Civil Veterinary Dept. Assam report 1927-50 - 1927-1950
Year: 1927
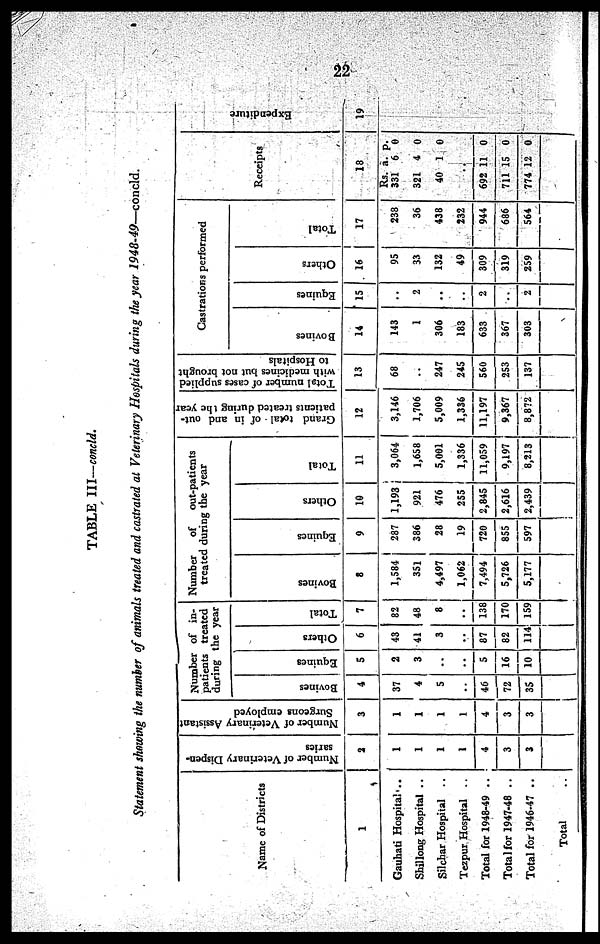
22
TABLE III—concld.
Statement showing the number of animals treated and castrated at Veterinary Hospitals during the year 1948-49—concld.
Name of Districts
1
Gauhati Hospital..
Shillong Hospital ..
Silchar Hospital ..
Tezpur Hospital ..
Total for 1948-49 ..
Total for 1947-48 ..
Total for 1946-47 ..
Total
Number of Veterinary Dispen-
saries
2
1
1
1
1
4
3
3
Number of Veterinary Assistant
Surgeons employed
3
1
1
1
1
4
3
3
Number of in-
patients treated
during the year
Bovines
4
37
4
5
..
46
72
35
Equines
5
2
3
..
..
5
16
10
Others
6
43
41
3
..
87
82
114
Total
7
82
48
8
..
138
170
159
Number
of
out-patients
treated during the year
Bovines
8
1,584
351
4,497
1,062
7,494
5,726
5,177
Equines
9
287
386
28
19
720
855
597
Others
10
1,193
921
476
255
2,845
2,616
2,439
Total
11
3,064
1,658
5,001
1,336
11,059
9,197
8,213
Gand total of in and out-
patients treated during the year.
12
3,146
1,706
5,009
1,336
11,197
9,367
8,872
Total number of cases supplied
with medicines but not brought
to Hospitals
13
68
..
247
245
560
253
137
Castrations performed
Bovines
14
143
1
306
183
633
367
303
Equines
15
..
2
..
..
2
..
2
Others
16
95
33
132
49
309
319
259
Total
17
238
36
438
232
944
686
564
Receipts
1
8
Rs.
331
321
40
.
692
711
774
a.
6
4
1
.
11
15
12
p.
0
0
0
0
0
0
Expe ndi t
ur e
19